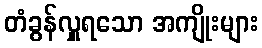
တံခွန်လှူရသော အကျိုးများ